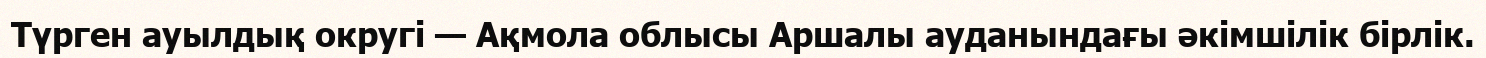
Түрген ауылдық округі — Ақмола облысы Аршалы ауданындағы әкімшілік бірлік.